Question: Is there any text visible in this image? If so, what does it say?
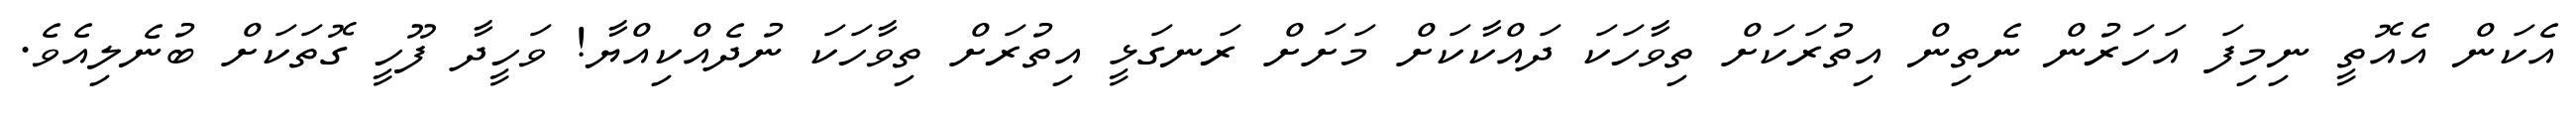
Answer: އެކަން އެއޮތީ ނިމިފަ އަހަރުން ނެތިން އިތުރަކަށް ތިވާހަކަ ދައްކާކަށް މަށަށް ރަނގަޅީ އިތުރަށް ތިވާހަކަ ނުދެއްކިއްޔާ! ވަހީދާ ފޫހީ ގޮތަކަށް ބުނެލިއެވެ.